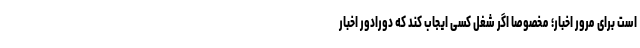
است برای مرور اخبار؛ مخصوصا اگر شغل کسی ایجاب کند که دورادور اخبار